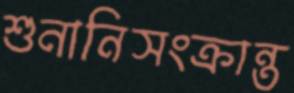
শুনানিসংক্রান্ত